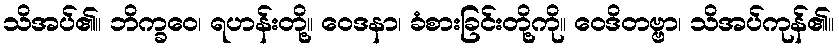
သိအပ်၏။ ဘိက္ခဝေ၊ ရဟန်းတို့။ ဝေဒနာ၊ ခံစားခြင်းတို့ကို။ ဝေဒိတဗ္ဗာ၊ သိအပ်ကုန်၏။